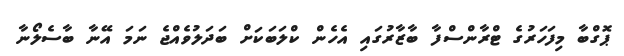
ޕޮގްބާ މިފަހަރުގެ ޓްރާންސްފާ ބާޒާރުގައި އެހެން ކްލަބަކަށް ބަދަލުވެއްޖެ ނަމަ އޭނާ ބާސެލޯނާ